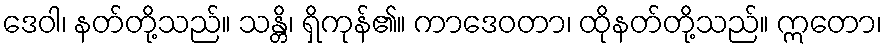
ဒေဝါ၊ နတ်တို့သည်။ သန္တိ၊ ရှိကုန်၏။ ကာဒေဝတာ၊ ထိုနတ်တို့သည်။ ဣတော၊